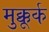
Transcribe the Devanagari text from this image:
मुक्कूर्क